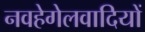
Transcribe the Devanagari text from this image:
नवहेगेलवादियों